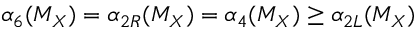
\alpha _ { 6 } ( M _ { X } ) = { \alpha } _ { 2 R } ( M _ { X } ) = { \alpha } _ { 4 } ( M _ { X } ) \geq { \alpha } _ { 2 L } ( M _ { X } )